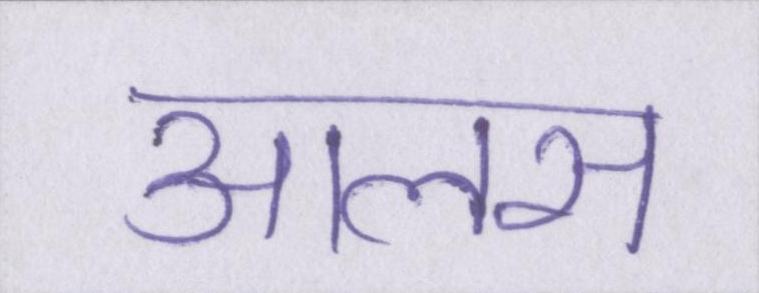
आलस